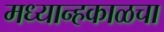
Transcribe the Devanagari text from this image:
मध्यान्हकाळचा